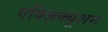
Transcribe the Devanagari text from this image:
एक्ज़िक्यूशन